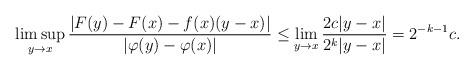
LaTeX: \begin{align*}\limsup_{y \to x}\frac{|F(y)-F(x)-f(x)(y-x)|}{|\varphi(y)-\varphi(x)|}\le\lim_{y \to x}\frac{2c|y-x|}{2^k|y-x|}=2^{-k-1}c.\end{align*}